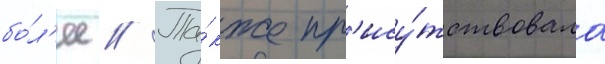
бо́л'ее // Та́кже пр'ису́тствовала